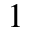
^ { 1 }